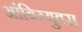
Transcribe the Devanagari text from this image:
आंबिग्युवस